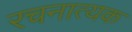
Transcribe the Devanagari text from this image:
रचनात्यक